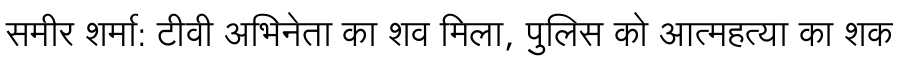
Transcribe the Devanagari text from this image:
समीर शर्मा: टीवी अभिनेता का शव मिला, पुलिस को आत्महत्या का शक